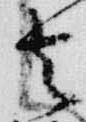
去